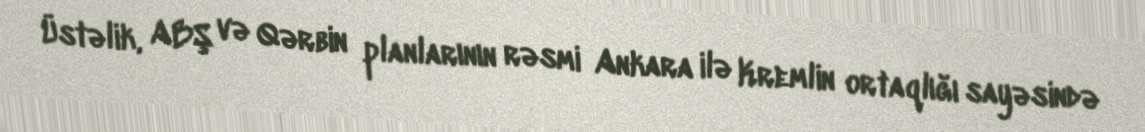
Üstəlik, ABŞ və Qərbin planlarının rəsmi Ankara ilə Kremlin ortaqlığı sayəsində